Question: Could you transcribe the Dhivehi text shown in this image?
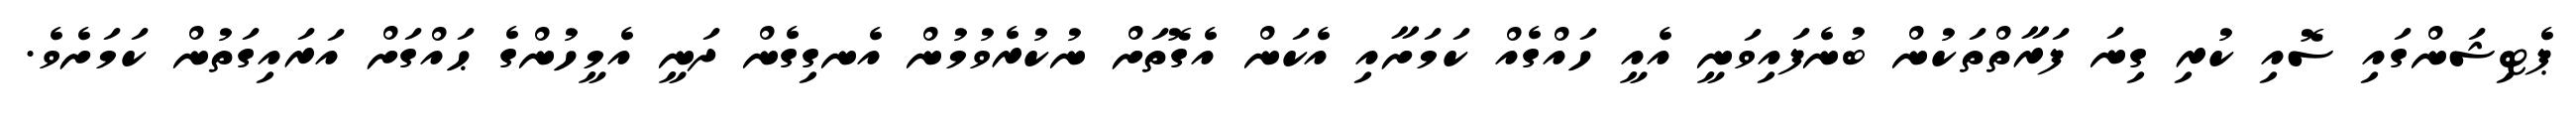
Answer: ޕެޓިޝަންގައި ސޮއި ކުރި ގިނަ ފަރާތްތަކުން ބުނެފައިވަނީ އެއީ ހައްގެއް ކަމަށާއި އެކަން އެގޮތަށް ނުކުރެވުމުން އެނގިގެން ދަނީ އެމީހުންގެ ޙައްގަށް އަރައިގަތުން ކަމަށެވެ.